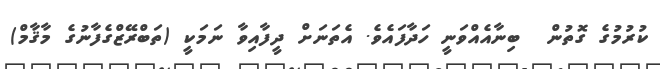
ކުރުމުގެ ގޮތުން  ބިނާއެއްވަނީ ހަދާފައެވެ. އެތަނަށް ދީފާއިވާ ނަމަކީ (ތަބްރޭޒްގެފާނުގެ މާޤާމް)